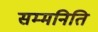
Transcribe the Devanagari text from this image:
सम्मनिति